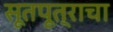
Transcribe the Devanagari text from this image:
सूतपूत्राचा